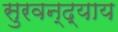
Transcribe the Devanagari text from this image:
सुरवन्द्याय